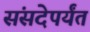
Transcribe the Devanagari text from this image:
संसदेपर्यंत